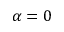
\alpha = 0